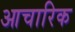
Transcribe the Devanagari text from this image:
आचारिक